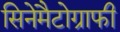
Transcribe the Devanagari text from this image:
सिनेमैटोग्राफी